Annual administration report of the Civil Veterinary Department of India - 1899-1900
Year: 1899
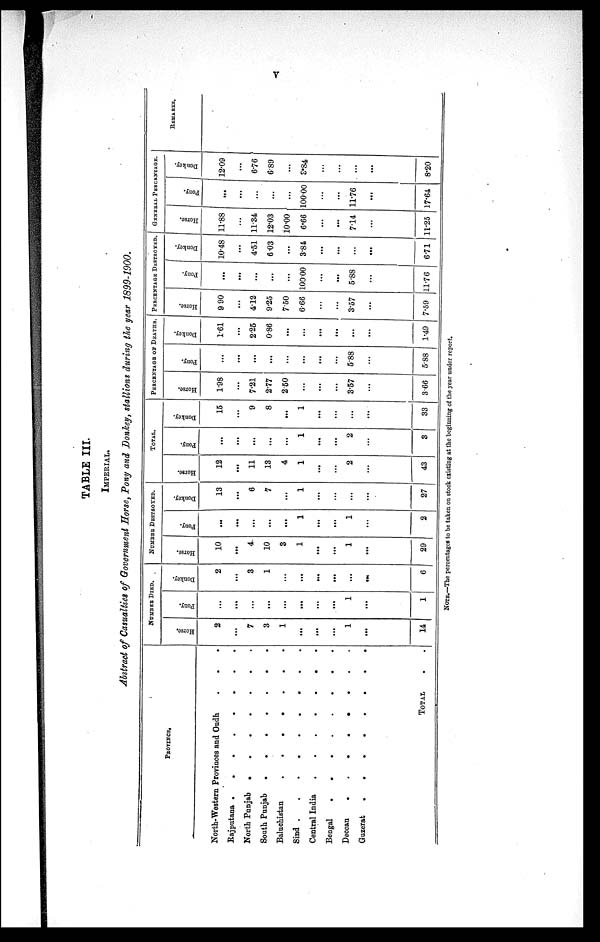
V
TABLE III.
IMPERIAL
Abstract of Casualties of Government Horse, Pony and Donkey, stallions during the year 1899-1900.
PROVINCE.
North-Western Provinces and Oudh
.
.
.
Rajputana .
.
.
.
.
.
.
.
North Punjab
.
.
.
.
.
.
.
South Punjab
.
.
.
.
.
.
.
Baluchistan
.
.
.
.
.
.
.
Sind
.
.
.
.
.
.
.
.
.
Central India
.
.
.
.
.
.
.
Bengal
.
.
.
.
.
.
.
.
Deccan
.
.
.
.
.
.
.
.
Guzerat
.
.
.
.
.
.
.
.
TOTAL . .
NUMBER DIED
Horse.
2
...
7
3
1
...
...
...
1
...
14
Pony.
...
...
...
...
...
...
...
...
1
...
1
Donkey.
2
...
3
1
...
...
...
...
...
...
6
NUMBER DESTROYED.
Horse.
10
...
4.
10
3
1
...
...
1
...
29
Pony.
...
...
...
...
...
1
...
...
1
...
2
Donkey.
13
...
6
7
...
1
...
...
...
...
27
TOTAL.
Horse.
12
...
11
13
4
1
...
...
2
...
43
Pony.
...
...
...
...
...
1
...
...
2
...
3
Donkey.
15
...
9
8
...
1
...
...
...
...
33
PERCENTAGE OF DEATHS
Horse.
1.98
...
7.21
277
250
...
...
...
3.57
...
3.66
Pony.
...
...
...
...
...
...
...
...
5.88
...
5.88
Donke y.
1.61
...
225
0.86
...
...
...
...
...
...
...
1.49
PERCENTAGE DESTROYED
Hor se.
9 90
...
4.12
9.25
7.50
6.66
...
...
3.57
7.59
Pony.
...
...
...
...
...
10000
...
...
5.88
...
11.76
Donkey.
10.48
...
4.51
6 03
...
3.84
...
...
...
...
6.71
GENERAL PERCENTAGE
Horse.
11.88
...
11.34
12.03
10.00
6.66
...
...
7.14
...
11.25
Pony.
...
...
...
...
...
100.00
...
...
11.76
...
17.64
Donkey.
12.09
...
6.76
6.89
...
3.84
...
...
...
...
8.20
REMARKS.
NOTE.—The percentages to be taken on stock existing at the beginning of the year under report.